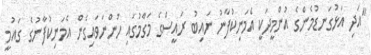
"އަދި އަޅުގަނޑުމެންގެ އުންމީދަކީ އެމަނިކުފާނު ނައިބު ރައީސްގެ މަގާމުގައި ހުންނަވައިގެން އެމަނިކުފާނުގެ ގައުމީ